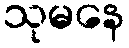
သုမနေ